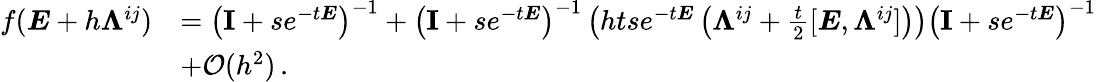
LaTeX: \begin{array}{rl}{f(\boldsymbol{E}+h\boldsymbol{\Lambda}^{ij})}&{=\left(\textbf{I}+se^{-t\boldsymbol{E}}\right)^{-1}+\left(\textbf{I}+se^{-t\boldsymbol{E}}\right)^{-1}\left(htse^{-t\boldsymbol{E}}\left(\boldsymbol{\Lambda}^{ij}+\frac{t}{2}[\boldsymbol{E},\boldsymbol{\Lambda}^{ij}]\right)\right)\left(\textbf{I}+se^{-t\boldsymbol{E}}\right)^{-1}}\\ &{+\mathcal{O}(h^{2})\, .}\end{array}